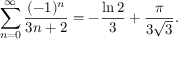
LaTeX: \sum _ { n = 0 } ^ { \infty } { \frac { ( - 1 ) ^ { n } } { 3 n + 2 } } = - { \frac { \ln 2 } { 3 } } + { \frac { \pi } { 3 { \sqrt { 3 } } } } .